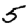
Digit: 5